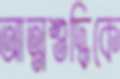
আত্মশুদ্ধিকে